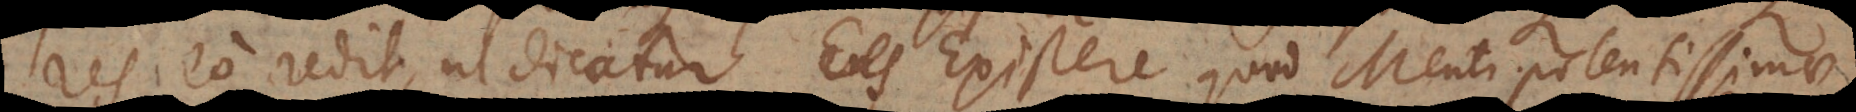
res eo redit, ut dicatur Existere quod Menti potentissimae